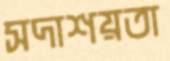
সদাশয়তা